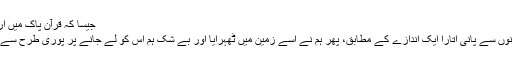
جیسا کہ قرآن پاک میں ارشاد ہوتا ہے کہ
“اور ہم نے آسمانوں سے پانی اتارا ایک اندازے کے مطابق، پھر ہم نے اسے زمین میں ٹھہرایا اور بے شک ہم اس کو لے جانے پر پوری طرح سے قادر (بھی) ہیں۔